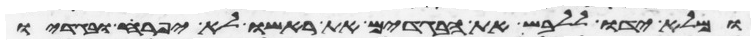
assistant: ומלא ידו ללבש את הבגדים את ראשו לא יפרע ובגדיו